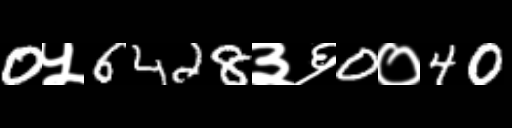
Text: 0५6428३६0०40